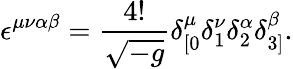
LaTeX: \epsilon^{\mu\nu\alpha\beta}=\frac{4!}{\sqrt{-g}}\delta_{[0}^{\mu}\delta_{1}^{\nu}\delta_{2}^{\alpha}\delta_{3]}^{\beta}.